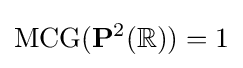
\operatorname {MCG} (\mathbf {P} ^{2}(\mathbb {R} ))=1